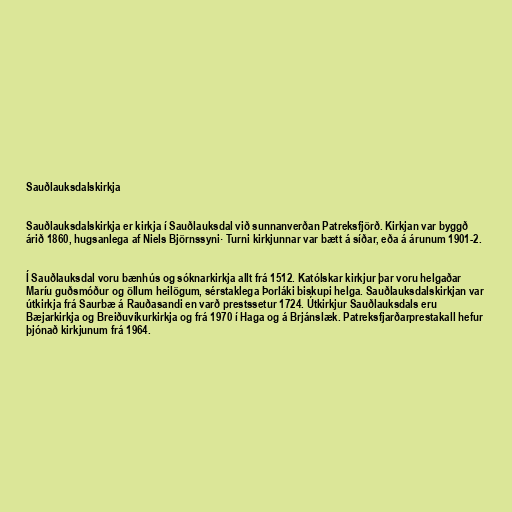
Sauðlauksdalskirkja

Sauðlauksdalskirkja er kirkja í Sauðlauksdal við sunnanverðan Patreksfjörð. Kirkjan var byggð
árið 1860, hugsanlega af Niels Björnssyni· Turni kirkjunnar var bætt á síðar, eða á árunum 1901-2.

Í Sauðlauksdal voru bænhús og sóknarkirkja allt frá 1512. Katólskar kirkjur þar voru helgaðar
Maríu guðsmóður og öllum heilögum, sérstaklega Þorláki biskupi helga. Sauðlauksdalskirkjan var
útkirkja frá Saurbæ á Rauðasandi en varð prestssetur 1724. Útkirkjur Sauðlauksdals eru
Bæjarkirkja og Breiðuvíkurkirkja og frá 1970 í Haga og á Brjánslæk. Patreksfjarðarprestakall hefur
þjónað kirkjunum frá 1964.